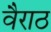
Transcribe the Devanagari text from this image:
वैराठ